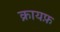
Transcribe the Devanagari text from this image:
क्रायफ़